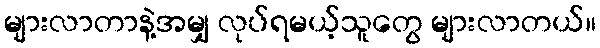
များလာတာနဲ့အမျှ လုပ်ရမယ့်သူတွေ များလာတယ်။